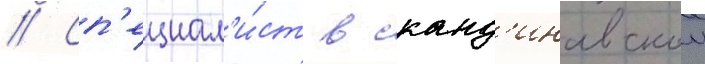
// Сп'ециал'и́ст в сканд'инавскои